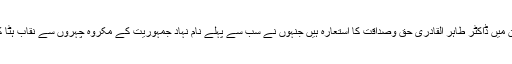
انہوں نے کہا کہ آج کے اس دور فتن میں ڈاکٹر طاہر القادری حق وصداقت کا استعارہ ہیں جنہوں نے سب سے پہلے نام نہاد جمہوریت کے مکروہ چہروں سے نقاب ہٹا کر ان کی عوام دشمنی کو آشکار کیا۔